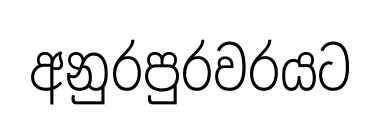
අනුරපුරවරයට